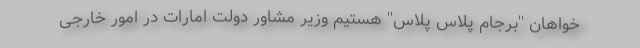
خواهان ''برجام پلاس پلاس'' هستیم وزیر مشاور دولت امارات در امور خارجی